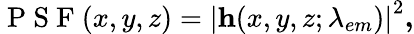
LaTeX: \mathrm{~P~S~F~}(x,y,z)=\left|\textbf{h}(x,y,z;\lambda_{em})\right|^{2}\textbf{,}